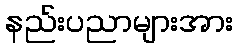
နည်းပညာများအား